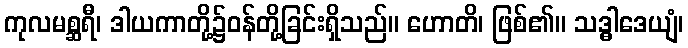
ကုလမစ္ဆရီ၊ ဒါယကာတို့၌ဝန်တို့ခြင်းရှိသည်။ ဟောတိ၊ ဖြစ်၏။ သဒ္ဓါဒေယျံ၊